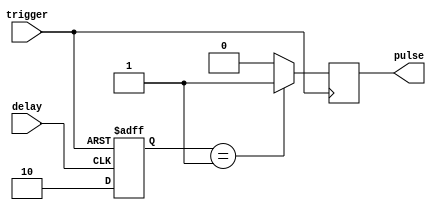
module one_shot_timer(
    input trigger,
    input delay,
    output reg pulse
);

reg [1:0] state;

always @ (posedge trigger or posedge delay) begin
    if (trigger) begin
        state <= 2'b01;
    end else if (delay) begin
        state <= 2'b10;
    end else begin
        state <= 2'b00;
    end
end

always @ (posedge trigger) begin
    if (state == 2'b01) begin
        pulse <= 1'b1;
    end else begin
        pulse <= 1'b0;
    end
end

endmodule